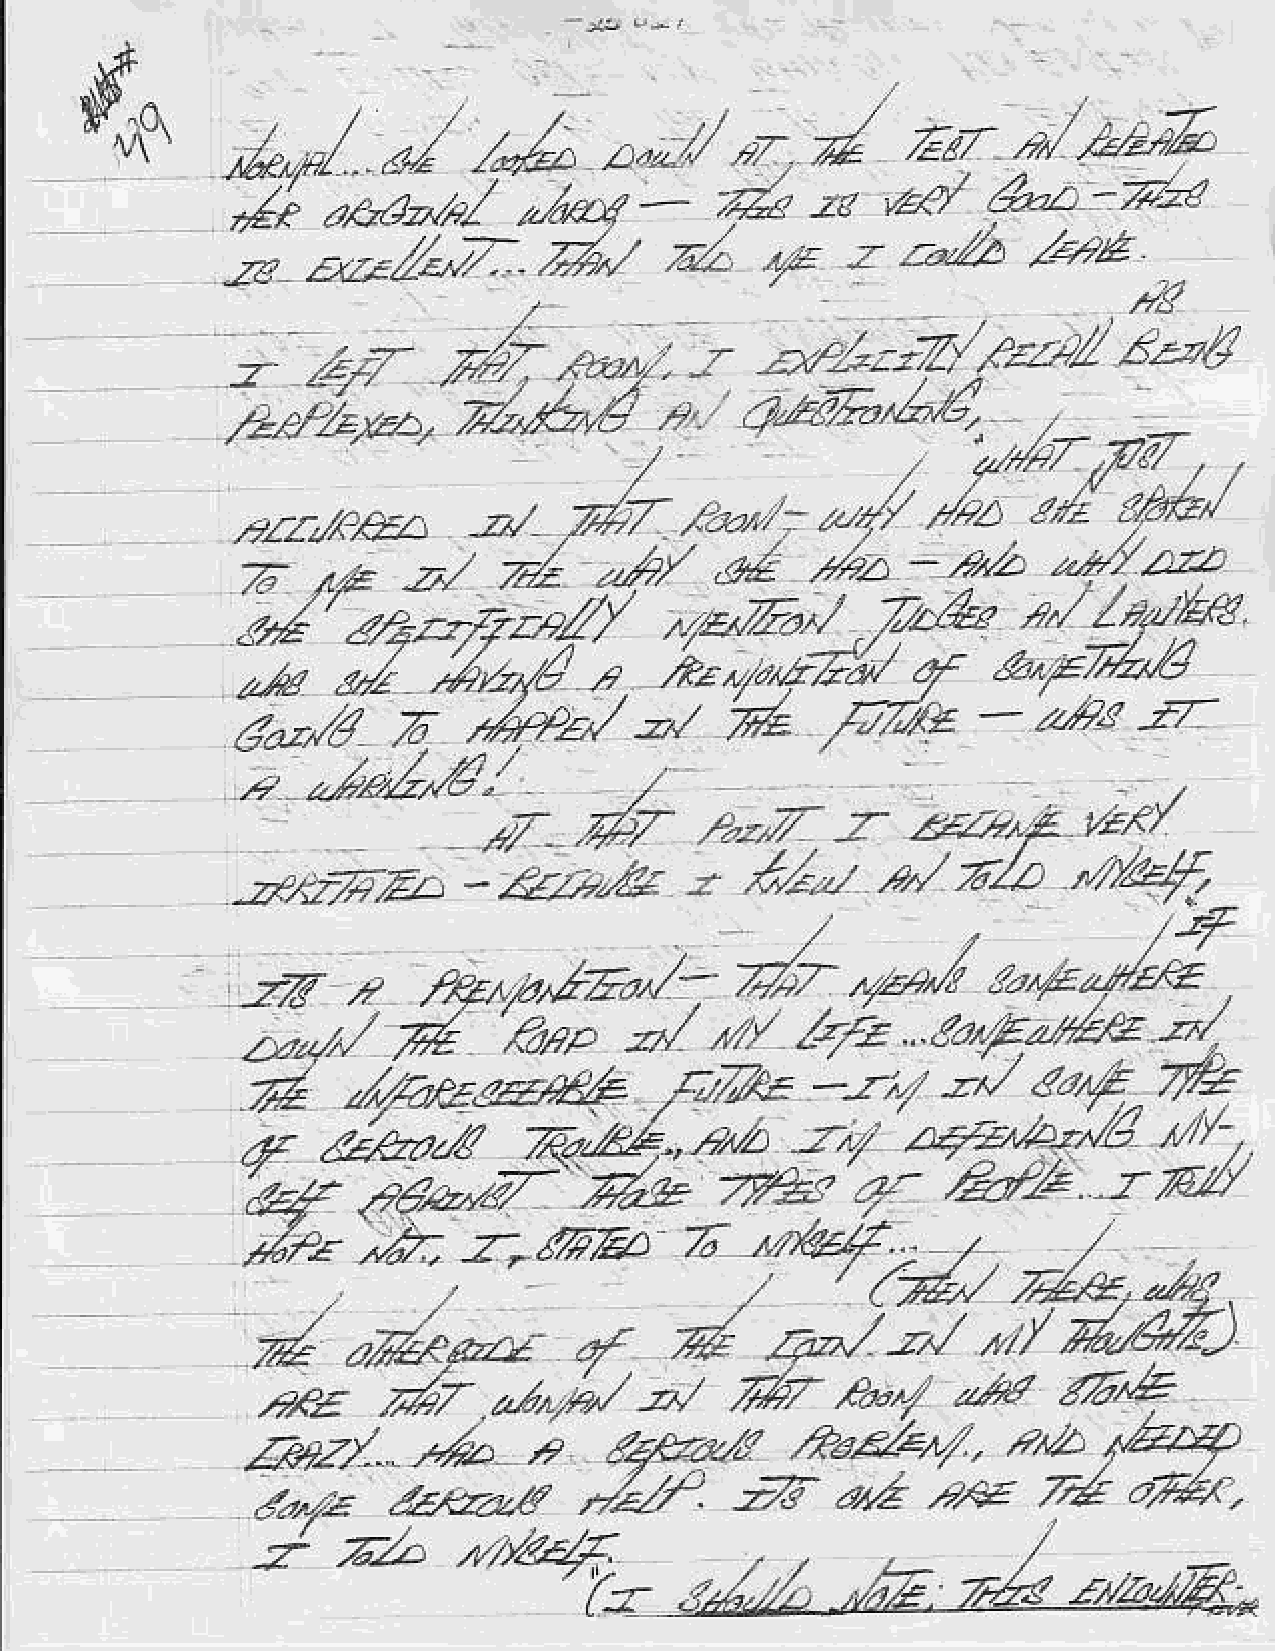
._d
 S.a
 2''4
 /                                       a'26
 /,.2     ,///-  kAZf.    J   du'zLt
 -                                                ^4
 /''- t-"A/row
 ,4e..ee//--zZEzB&)),,
 ////z2A,x-24.,                     ,   /-
 /                            ,l-/+4 ,
 /zz"  /'?/           ,
 ,/   /-                                   q+t
 &.                   r,,-
 -y'            '1
 ',.rr,     o    4:4"             u-/i.--il:"a71-*
 z-.tf
 llr*"7-r,2"1:"!fr-.ir,,z*-"/ii/^s
 -*    s/     .i,ad      4         d'izb/     df   rb^f
 ,az^                         "2't/
 E-
 z   ,42/       z     fu     /ivz      -
 L'/ts
 €a2"4
 -    J&,6.',
 '.EZ-,&-           t-/'-'/      Zz4
 --dtfiZa                       -1
 '4t/         '/'ry4ts'
 z                         zt;    a"/
 ,zZ         ,4zr/.181,
 '*"-E
 .-*/      d       Qn,     z,/   ,'n  ?fz     ./azy'-z*,e.-'/.
 d     /re2-ry*                                     latq-Tz
 PZ.z      --,"r'  ':/
 2'./
 a,   ,a*arA                                 ..+4-Lb2//6      /'/v-
 7r"rAl.,,a^b
 'U.
 .ee.Z-         %e       7%r      a,-   /?a/lt.   J,74//
 lr,     ,h          ma       Z    Mfuf.,
 /
 -z-.
 /        ( ,4../  /lz
 ;d    ak<zt          a/     4            ,/
 4-2,/   -zz/  ,t/,t
 /"r              ,"     *z
 .xr-
 7"2     "-,i     -",
 r*7   P/tu*?./
 4-/s   .zaa'b
 ",n
 6"x zz
 /
 "-2,a  /
 -*
 /4ez.d       ,<azi',t,  ,  znz   /zzry
 .E
 /"{z     lz  z4       ,/*1/'.   ;,3   4'tZ          z:4   d7Z<.
 zZ      ,n/df
 2-
 td